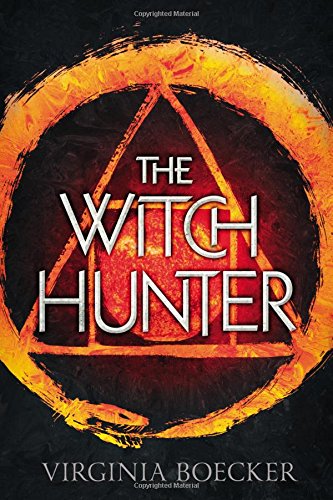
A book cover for The Witch Hunter; Virginia Boecker; Teen & Young Adult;